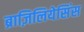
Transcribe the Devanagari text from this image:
ब्राज़िलियेसिंस